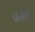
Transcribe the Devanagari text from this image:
प्रसंत